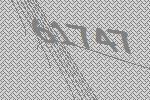
61747